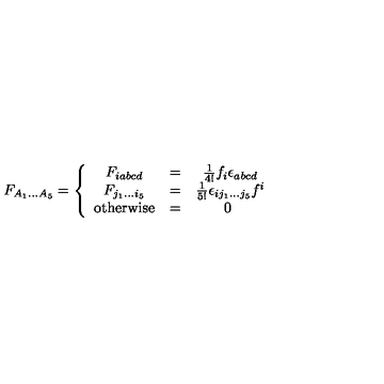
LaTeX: F _ { A _ { 1 } \dots A _ { 5 } } = \left\{ \begin{array} { c c c } { F _ { i a b c d } } & { = } & { \frac { 1 } { 4 ! } f _ { i } \epsilon _ { a b c d } } \\ { F _ { j _ { 1 } \dots i _ { 5 } } } & { = } & { \frac { 1 } { 5 ! } \epsilon _ { i j _ { 1 } \dots j _ { 5 } } f ^ { i } } \\ { \mathrm { o t h e r w i s e } } & { = } & { 0 \ } \\ \end{array} \right.